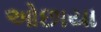
ઓછાયા